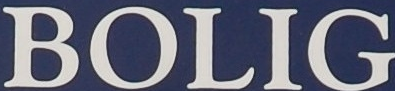
BOLIG